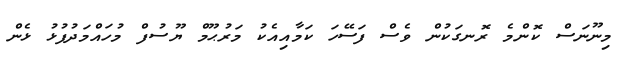
މިނޫނަސް ކޮންމެ ރޮނގަކުން ވެސް ފަސޭހަ ކަމާއިއެކު މަރުޙޫމް ޔޫސުފް މުހައްމަދުފުޅު ޅެން